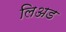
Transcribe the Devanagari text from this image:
लिअड